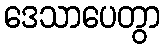
ဒေသာပေတွာ